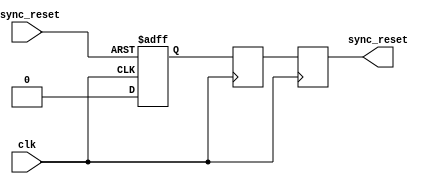
module async_reset_synchronizer (
    input wire async_reset,  // Asynchronous reset signal
    input wire clk,          // Clock signal
    output reg sync_reset    // Synchronized reset signal
);

    // Internal signals for synchronization
    reg sync_reset_ff1;      // First flip-flop output
    reg sync_reset_ff2;      // Second flip-flop output

    // Asynchronous reset detection and synchronization logic
    always @(posedge clk or posedge async_reset) begin
        if (async_reset) begin
            sync_reset_ff1 <= 1'b1;  // Assert the first flip-flop on async reset
        end else begin
            sync_reset_ff1 <= 1'b0;  // Deassert on clock edge if async reset is not asserted
        end
    end

    always @(posedge clk) begin
        sync_reset_ff2 <= sync_reset_ff1; // Capture the first flip-flop output
    end

    // Assign the synchronized reset output
    always @(posedge clk) begin
        sync_reset <= sync_reset_ff2; // Output the synchronized reset signal
    end

endmodule